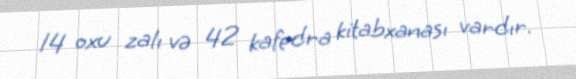
14 oxu zalı və 42 kafedra kitabxanası vardır.